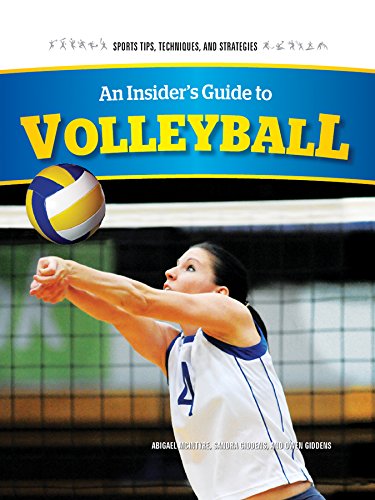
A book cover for An Insider's Guide to Volleyball (Sports Tips, Techniques, and Strategies); Abigael McIntyre; Teen & Young Adult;